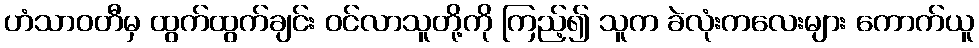
ဟံသာဝတီမှ ထွက်ထွက်ချင်း ဝင်လာသူတို့ကို ကြည့်၍ သူက ခဲလုံးကလေးများ ကောက်ယူ